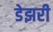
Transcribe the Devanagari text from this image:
डेझरी